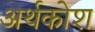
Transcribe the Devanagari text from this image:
अर्थकोश